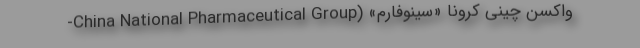
واکسن چینی کرونا «سینوفارم» (China National Pharmaceutical Group-